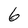
Character: 6